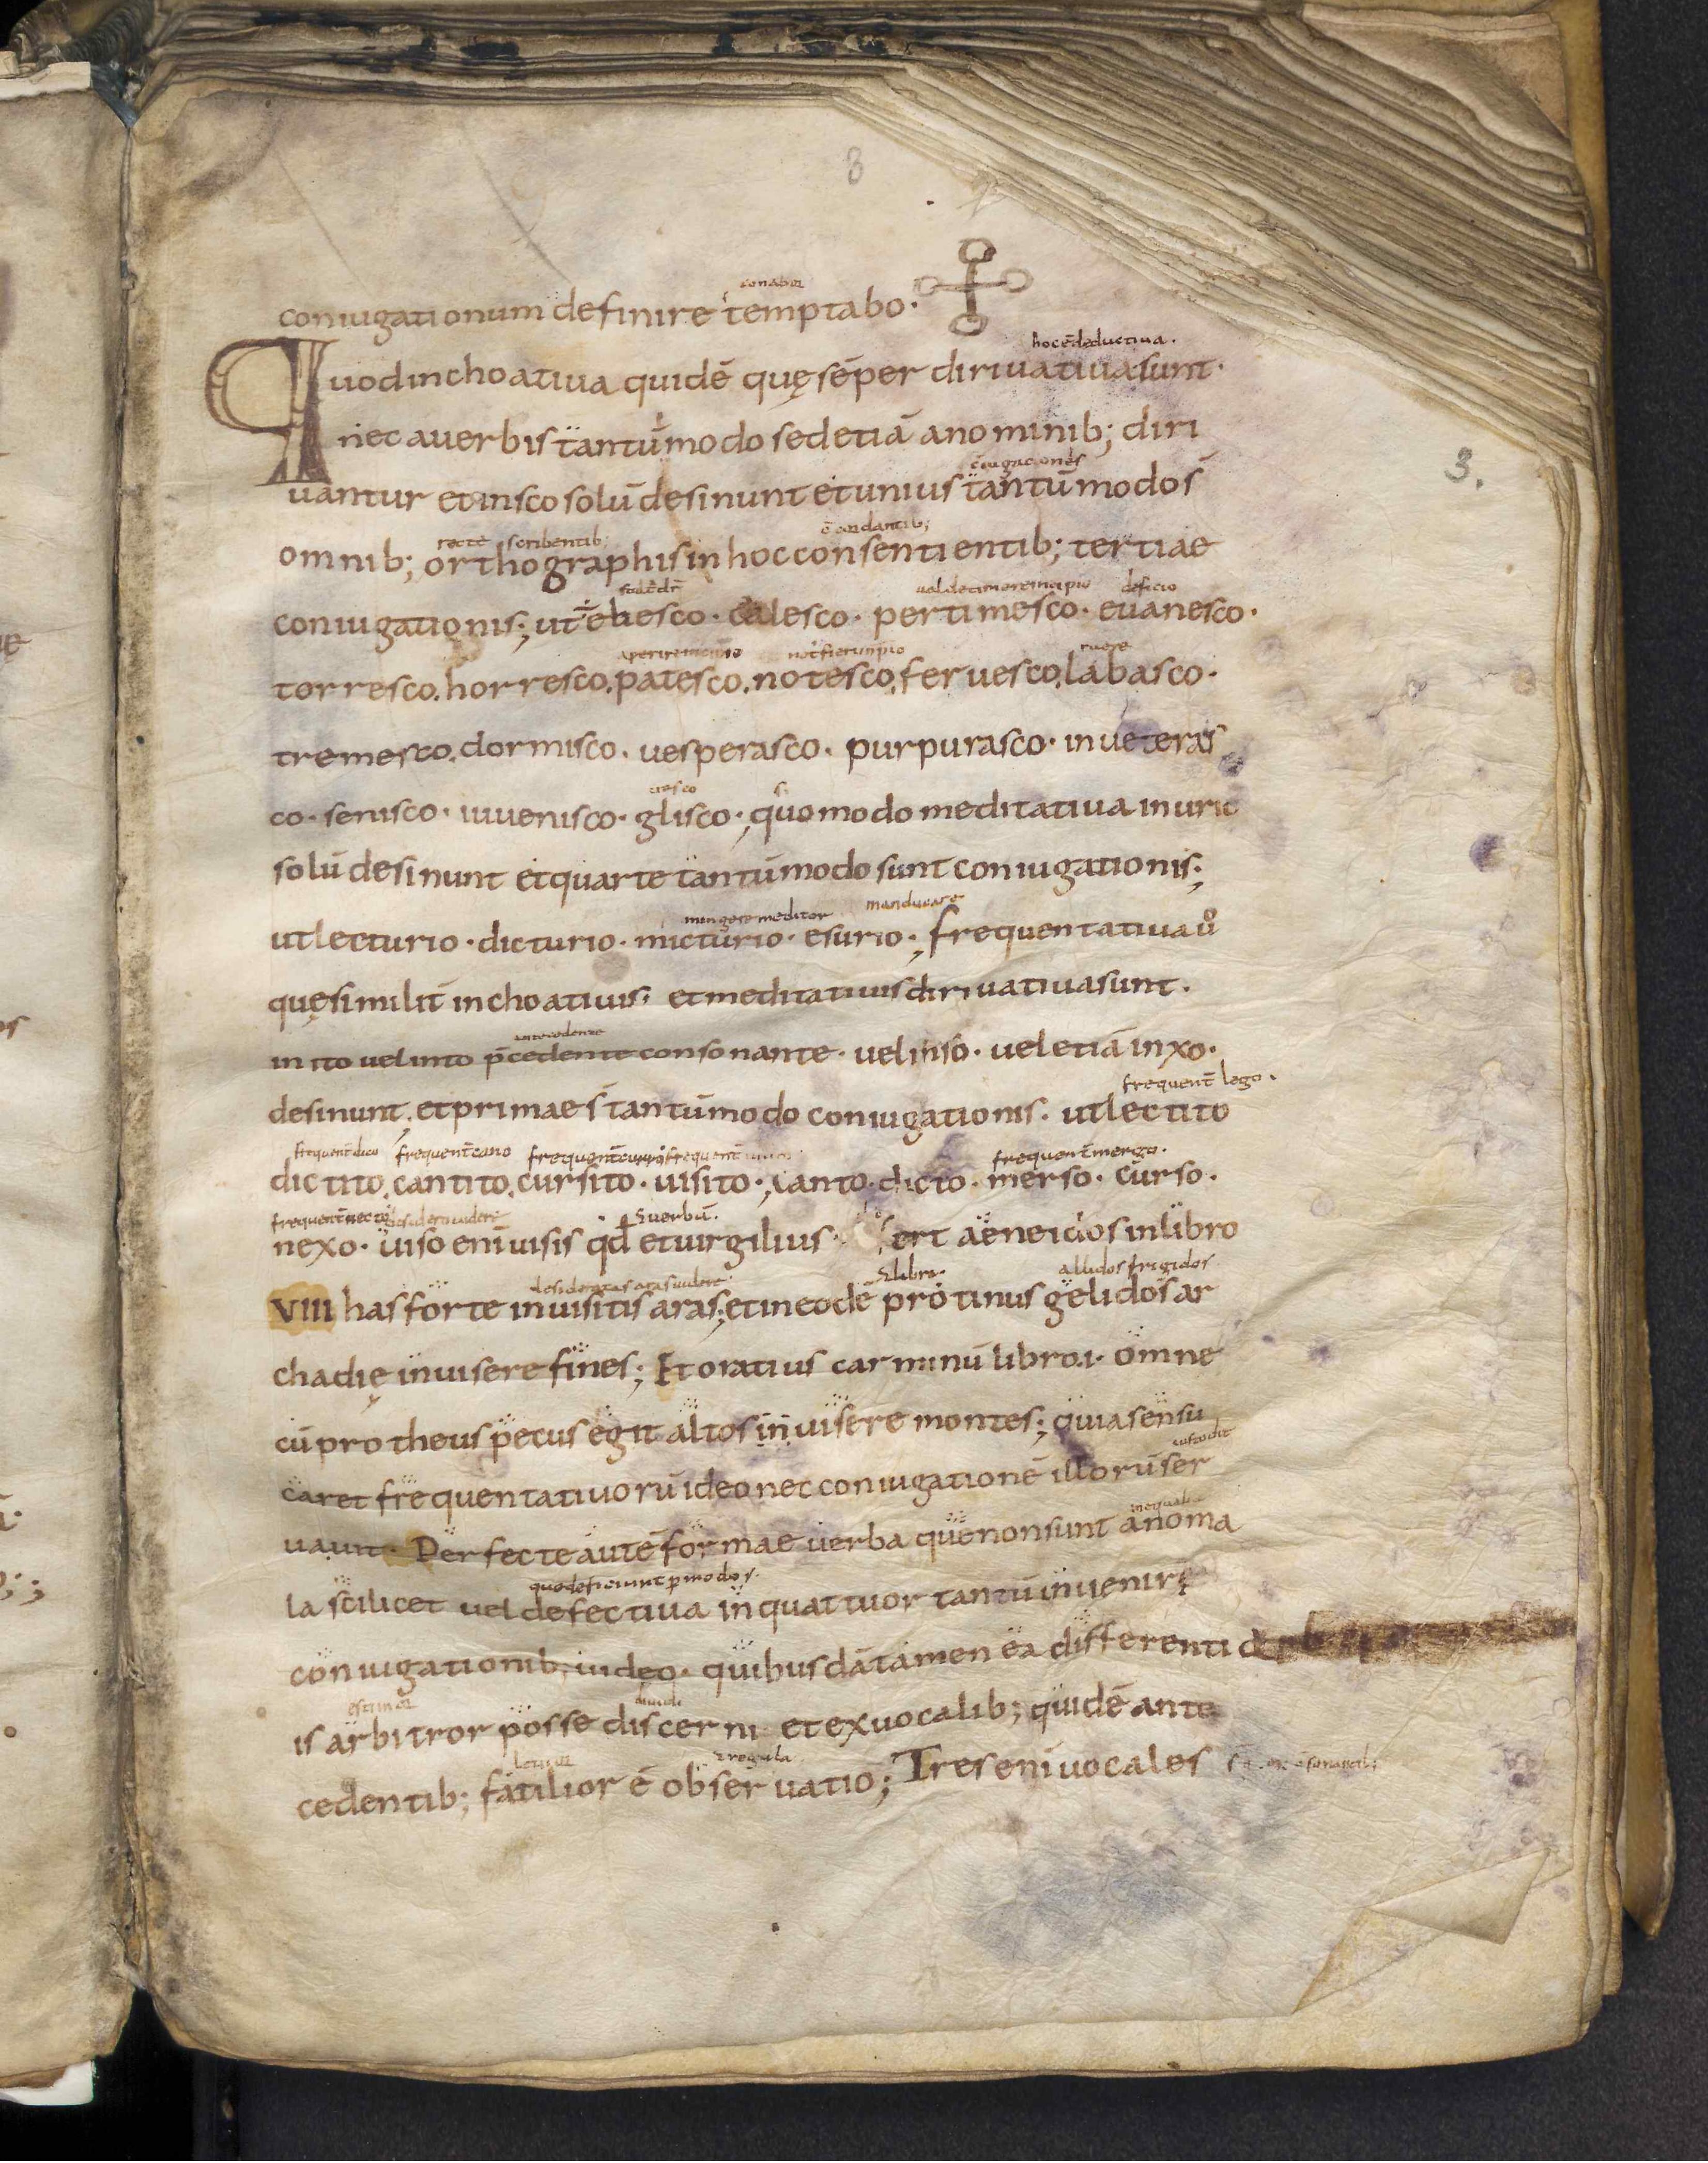
Shelfmark: Leiden, Bibliotheek der Rijksuniversiteit, Voss. Lat. O 41
Century: 9